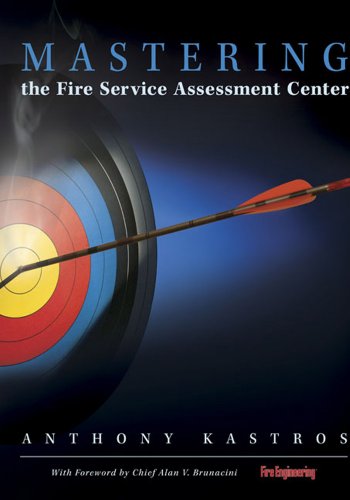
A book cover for Mastering the Fire Service Assessment Center; Anthony Kastros; Business & Money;